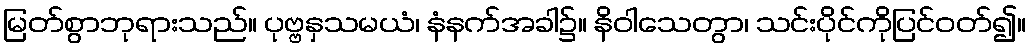
မြတ်စွာဘုရားသည်။ ပုဗ္ဗနှသမယံ၊ နံနက်အခါ၌။ နိဝါသေတွာ၊ သင်းပိုင်ကိုပြင်ဝတ်၍။